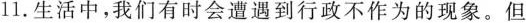
11.生活中，我们有时会遭遇到行政不作为的现象。但